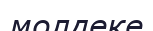
молдеке